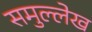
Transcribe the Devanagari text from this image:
समुल्लेख